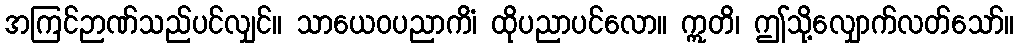
အကြင်ဉာဏ်သည်ပင်လျှင်။ သာယေဝပညာကိံ၊ ထိုပညာပင်လော။ ဣတိ၊ ဤသို့လျှောက်လတ်သော်။